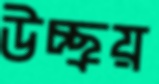
উচ্ছ্রয়